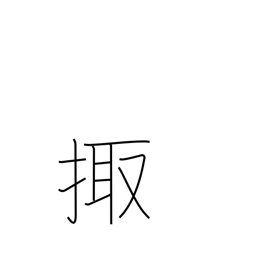
Meaning: night watch